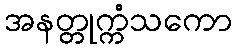
အနတ္တုက္ကံသကော